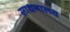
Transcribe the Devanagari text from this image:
साधनालय